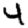
Digit: 4